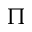
\Pi